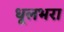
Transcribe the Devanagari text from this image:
धूलभरा